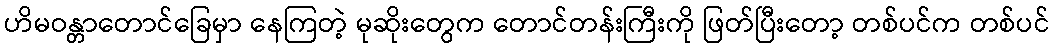
ဟိမဝန္တာတောင်ခြေမှာ နေကြတဲ့ မုဆိုးတွေက တောင်တန်းကြီးကို ဖြတ်ပြီးတော့ တစ်ပင်က တစ်ပင်